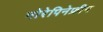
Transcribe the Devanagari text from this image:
नोरेपिनेफ्रीन